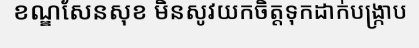
ខណ្ឌសែនសុខ មិនសូវយកចិត្តទុកដាក់បង្ក្រាប